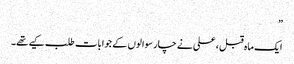
”
ایک ماہ قبل ، علی نے چار سوالوں کے جوابات طلب کیے تھے۔